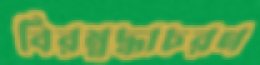
বিরম্নদ্ধাচরণ